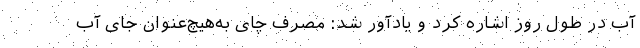
آب در طول روز اشاره کرد و یادآور شد: مصرف چای به‌هیچ‌عنوان جای آب